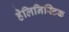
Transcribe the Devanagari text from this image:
हेलिनिस्टिक